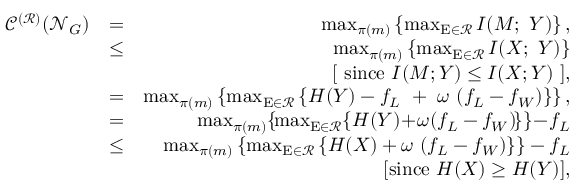
\begin{array} { r l r } { \mathscr { C } ^ { ( \mathcal { R } ) } ( \mathcal { N } _ { G } ) } & { = } & { \operatorname* { m a x } _ { \pi ( m ) } \left\{ \operatorname* { m a x } _ { \mathrm { E } \in \mathcal { R } } I ( M ; ~ Y ) \right\} , } \\ & { \leq } & { \operatorname* { m a x } _ { \pi ( m ) } \left\{ \operatorname* { m a x } _ { \mathrm { E } \in \mathcal { R } } I ( X ; ~ Y ) \right\} } \\ & { ~ } & { [ ~ \mathrm { s i n c e } ~ I ( M ; Y ) \leq I ( X ; Y ) ~ ] , } \\ & { = } & { \operatorname* { m a x } _ { \pi ( m ) } \left\{ \operatorname* { m a x } _ { \mathrm { E } \in \mathcal { R } } \left\{ H ( Y ) - f _ { L } ~ + ~ \omega ~ ( f _ { L } - f _ { W } ) \right\} \right\} , } \\ & { = } & { \operatorname* { m a x } _ { \pi ( m ) } \! \left\{ \! \operatorname* { m a x } _ { \mathrm { E } \in \mathcal { R } } \! \left\{ H ( Y ) \! + \! \omega ( f _ { L } - f _ { W } ) \! \right\} \right\} \! - \! f _ { L } } \\ & { \leq } & { \operatorname* { m a x } _ { \pi ( m ) } \left\{ \operatorname* { m a x } _ { \mathrm { E } \in \mathcal { R } } \left\{ H ( X ) + \omega ~ ( f _ { L } - f _ { W } ) \right\} \right\} - f _ { L } } \\ & { ~ } & { [ \mathrm { s i n c e } ~ H ( X ) \geq H ( Y ) ] , } \end{array}